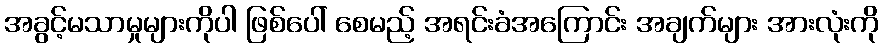
အခွင့်မသာမှုများကိုပါ ဖြစ်ပေါ် စေမည့် အရင်းခံအကြောင်း အချက်များ အားလုံးကို